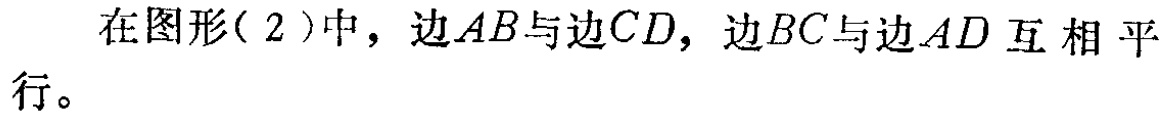
在图形( 2 )中，边\(AB\)与边\(CD\)，边\(BC\)与边\(AD\)互相平行。